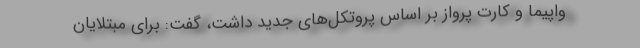
واپیما و کارت پرواز بر اساس پروتکل‌های جدید داشت، گفت: برای مبتلایان